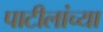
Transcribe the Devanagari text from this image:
पाटीलांच्या